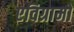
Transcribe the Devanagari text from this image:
एविग्रामों